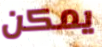
يمكن